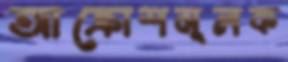
আক্রোশমূলক